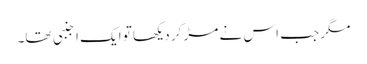
مگر جب اس نے مڑ کر دیکھا تو ایک اجنبی تھا۔